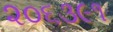
૨૦૬૩૯૧